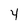
Character: 4